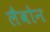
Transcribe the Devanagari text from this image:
लैवोन